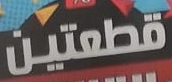
قطعتين